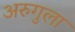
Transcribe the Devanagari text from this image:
अरुगुला